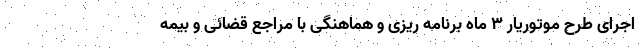
اجرای طرح موتوریار ۳ ماه برنامه ریزی و هماهنگی با مراجع قضائی و بیمه